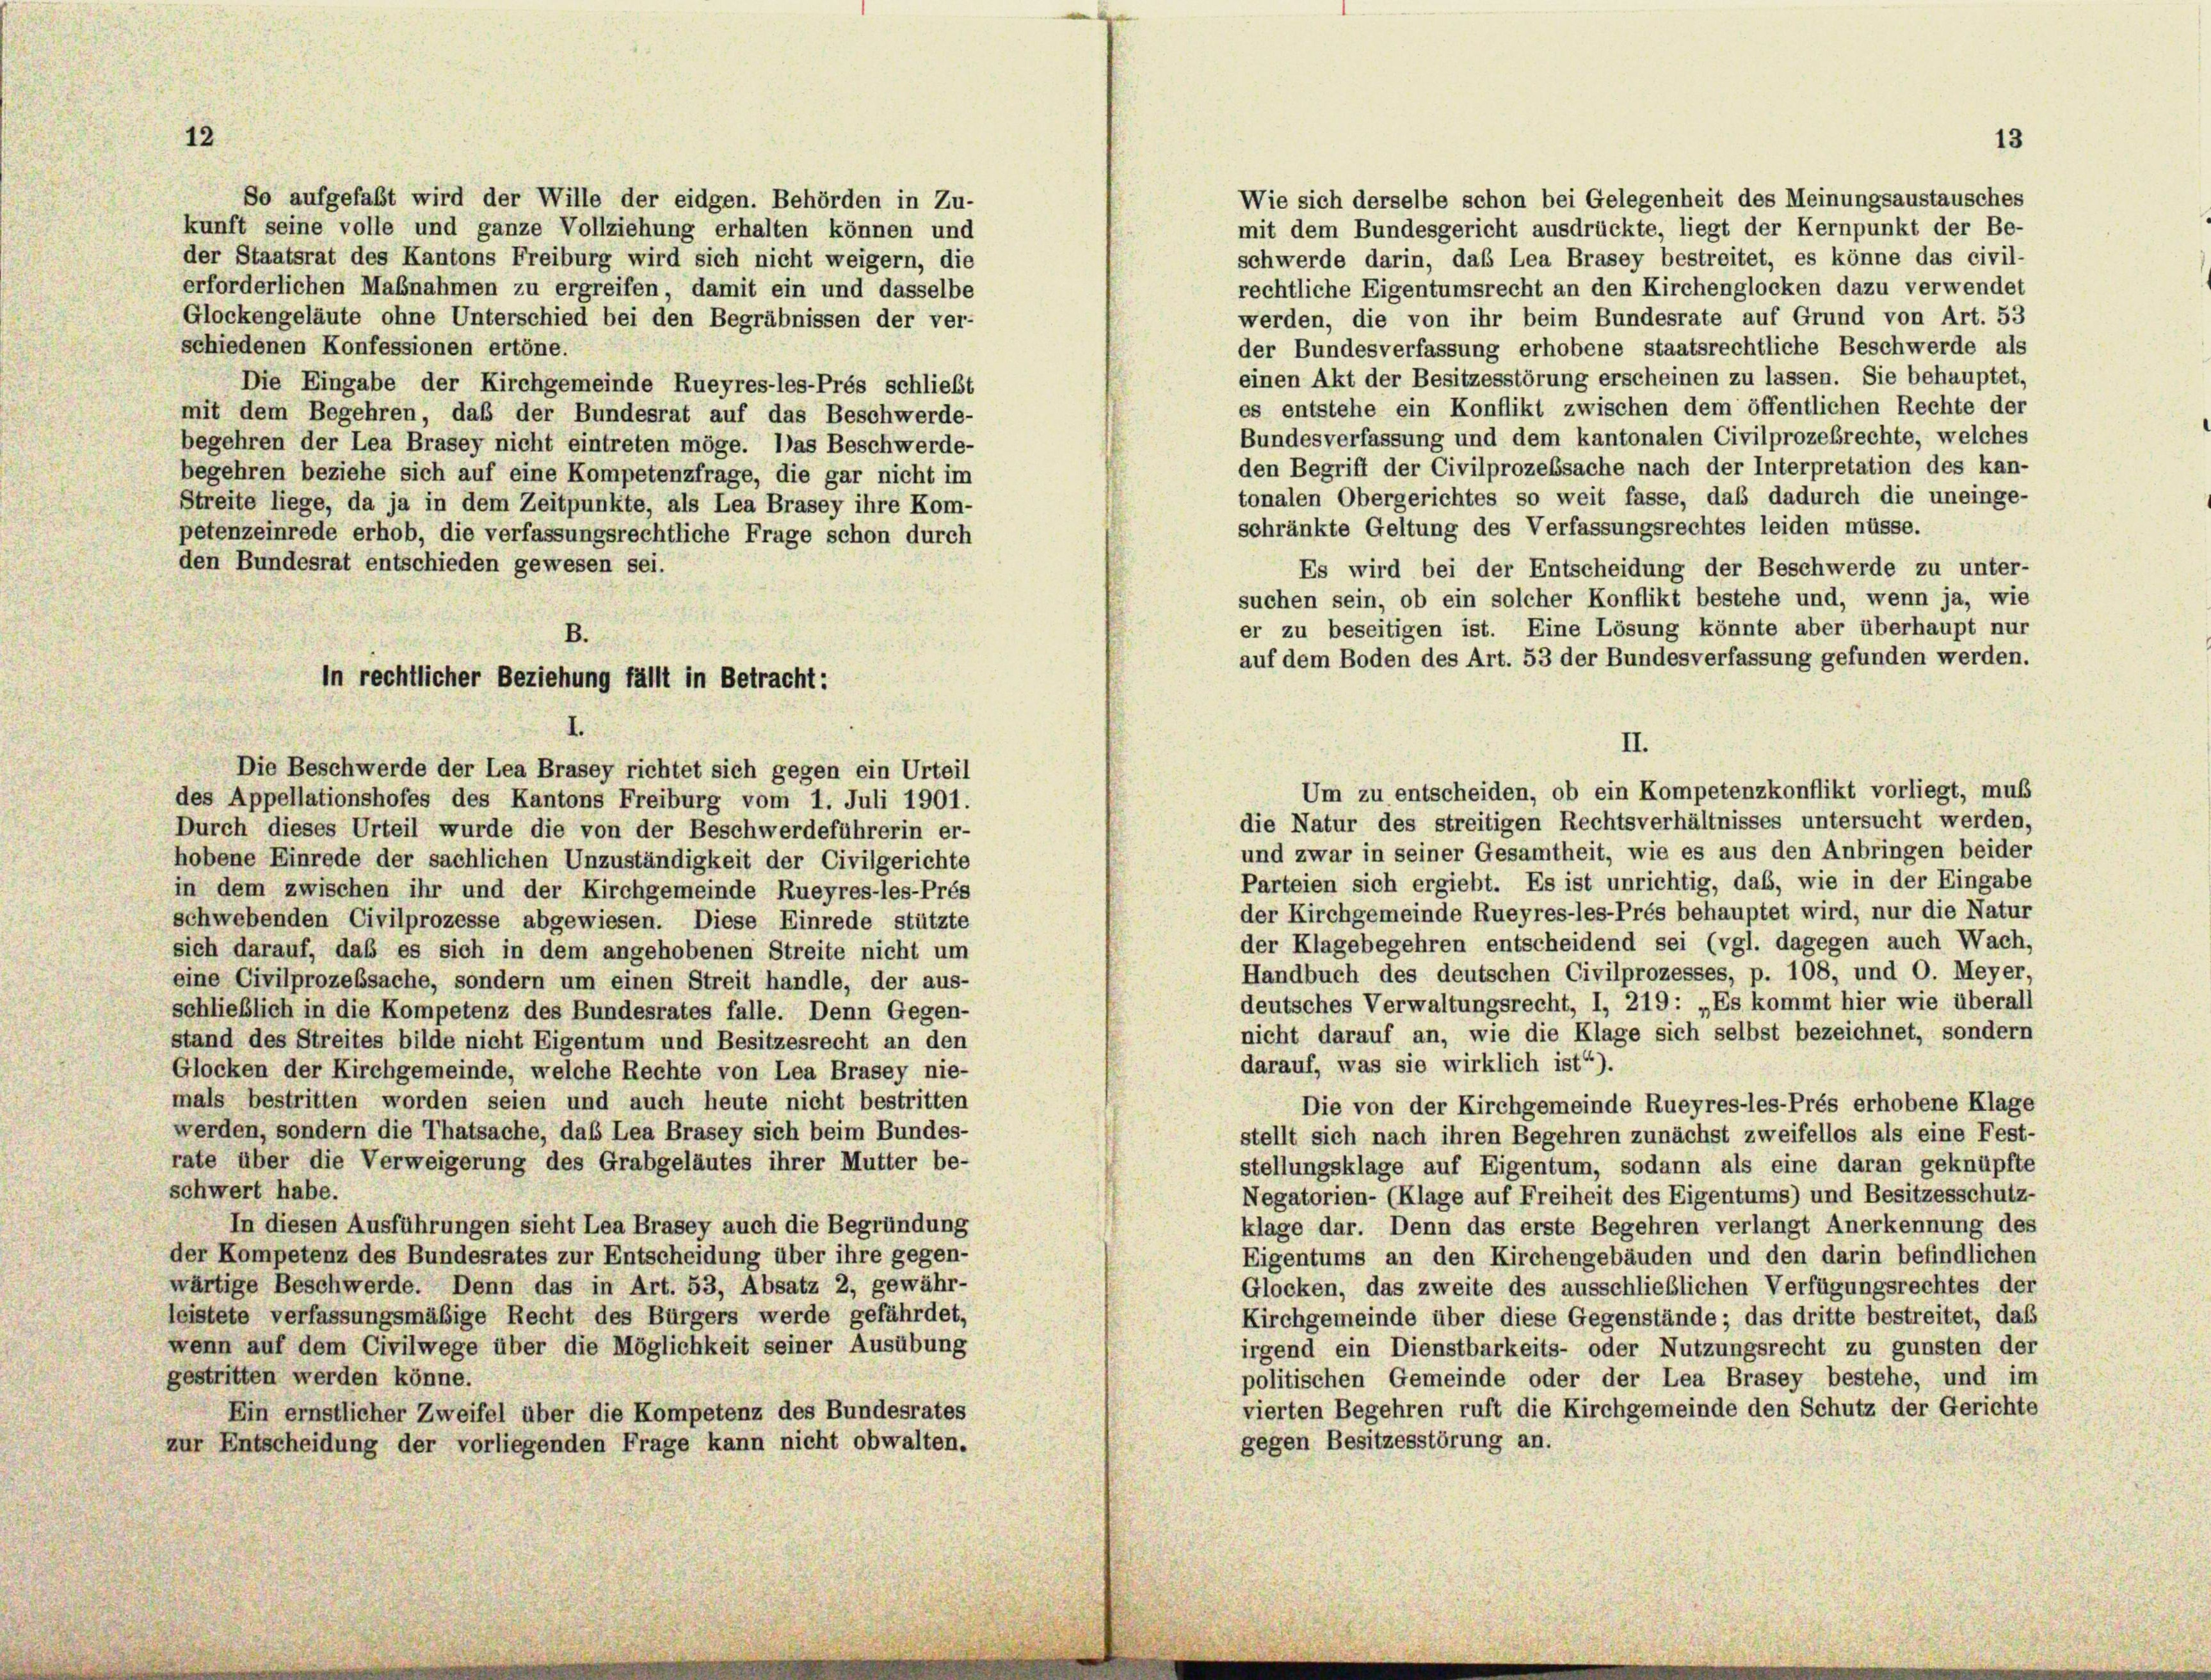
Wie sich derselbe schon bei Gelegenheit des Meinungsaustausches
So aufgefaßt wird der Wille der eidgen. Behörden in Zu-
mit dem Bundesgericht ausdrückte, liegt der Kernpunkt der Be-
kunft seine volle und ganze Vollziehung erhalten können und
schwerde darin, daß Lea Brasey bestreitet, es könne das civil-
der Staatsrat des Kantons Freiburg wird sich nicht weigern, die
rechtliche Eigentumsrecht an den Kirchenglocken dazu verwendet
erforderlichen Maßnahmen zu ergreifen, damit ein und dasselbe
werden, die von ihr beim Bundesrate auf Grund von Art. 53
Glockengeläute ohne Unterschied bei den Begräbnissen der ver-
schiedenen Konfessionen ertöne.
der Bundesverfassung erhobene staatsrechtliche Beschwerde als
einen Akt der Besitzesstörung erscheinen zu lassen. Sie behauptet,
Die Eingabe der Kirchgemeinde Rueyres-les-Prés schließt
es entstehe ein Konflikt zwischen dem öffentlichen Rechte der
mit dem Begehren, daß der Bundesrat auf das Beschwerde-
Bundesverfassung und dem kantonalen Civilprozesrechte, welches
begehren der Lea Brasey nicht eintreten möge. Das Beschwerde-
den Begriff der Civilprozessache nach der Interpretation des kan-
begehren beziehe sich auf eine Kompetenzfrage, die gar nicht im
tonalen Obergerichtes so weit fasse, daß dadurch die uneinge-
Streite liege, da ja in dem Zeitpunkte, als Lea Brasey ihre Kom-
schränkte Geltung des Verfassungsrechtes leiden müsse.
petenzeinrede erhob, die verfassungsrechtliche Frage schon durch
den Bundesrat entschieden gewesen sei.
Es wird bei der Entscheidung der Beschwerde zu unter-
suchen sein, ob ein solcher Konflikt bestehe und, wenn ja, wie
er zu beseitigen ist. Eine Lösung könnte aber überhaupt nur
auf dem Boden des Art. 53 der Bundesverfassung gefunden werden.
I
II.
Die Beschwerde der Lea Brasey richtet sich gegen ein Urteil
Um zu entscheiden, ob ein Kompetenzkonflikt vorliegt, muß
des Appellationshofes des Kantons Freiburg vom 1. Juli 1901.
die Natur des streitigen Rechtsverhältnisses untersucht werden,
Durch dieses Urteil wurde die von der Beschwerdeführerin er-
und zwar in seiner Gesamtheit, wie es aus den Anbringen beide,
hobene Einrede der sachlichen Unzuständigkeit der Civilgerichte
Parteien sich ergiebt. Es ist unrichtig, das, wie in der Eingabe
in dem zwischen ihr und der Kirchgemeinde Rueyres-les-Prés
der Kirchgemeinde Rueyres-les-Prés behauptet wird, nur die Natur
schwebenden Civilprozesse abgewiesen. Diese Einrede stützte
der Klagebegehren entscheidend sei (vgl. dagegen auch Wach
sich darauf, daß es sich in dem angehobenen Streite nicht um
Handbuch des deutschen Civilprozesses, p. 108, und O. Meyer
eine Civilprozessache, sondern um einen Streit handle, der aus-
deutsches Verwaltungsrecht, I, 219: „Es kommt hier wie überals
schließlich in die Kompetenz des Bundesrates falle. Denn Gegen-
nicht darauf an, wie die Klage sich selbst bezeichnet, sonders
stand des Streites bilde nicht Eigentum und Besitzesrecht an den
darauf, was sie wirklich ist“).
Glocken der Kirchgemeinde, welche Rechte von Lea Brasey nie-
mals bestritten worden seien und auch heute nicht bestritten
Die von der Kirchgemeinde Rueyres-les-Prés erhobene Klag,
werden, sondern die Thatsache, das Lea Brasey sich beim Bundes-
stellt sich nach ihren Begehren zunächst zweifellos als eine Fest
rate über die Verweigerung des Grabgeläutes ihrer Mutter be-
stellungsklage auf Eigentum, sodann als eine daran geknüpft,
schwert habe.
Negatorien- (Klage auf Freiheit des Eigentums) und Besitzesschutz
In diesen Ausführungen sieht Lea Brasey auch die Begründung
klage dar. Denn das erste Begehren verlangt Anerkennung de
der Kompetenz des Bundesrates zur Entscheidung über ihre gegen-
Eigentums an den Kirchengebäuden und den darin befindliche
wärtige Beschwerde. Denn das in Art. 53, Absatz 2, gewähr-
Glocken, das zweite des ausschließlichen Verfügungsrechtes der
leistete verfassungsmäßige Recht des Bürgers werde gefährdet,
Kirchgemeinde über diese Gegenstände; das dritte bestreitet, das
wenn auf dem Civilwege über die Möglichkeit seiner Ausübung
irgend ein Dienstbarkeits- oder Nutzungsrecht zu gunsten de
gestritten werden könne.
politischen Gemeinde oder der Lea Brasey bestehe, und in
vierten Begehren ruft die Kirchgemeinde den Schutz der Gericht
Ein ernstlicher Zweifel über die Kompetenz des Bundesrates
gegen Besitzesstörung an.
zur Entscheidung der vorliegenden Frage kann nicht obwalten.

B.
In rechtlicher Beziehung fällt in Betracht:

13